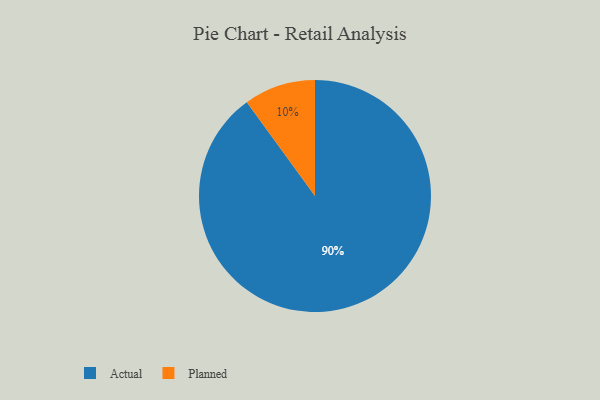
{"axis": {"x": "Category", "y": "Percentage"}, "legend": ["Actual", "Planned"], "data": [{"x": "Planned", "y": 10, "type": "Planned"}, {"x": "Actual", "y": 90, "type": "Actual"}]}